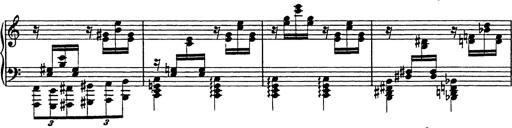
Title: Galop in A minor
Composer: Franz Liszt
Key: A minor